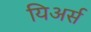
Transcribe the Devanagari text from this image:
यिअर्स